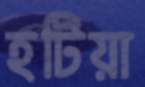
হটিয়া